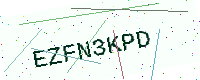
Text: EZFN3KPD